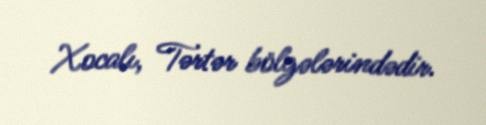
Xocalı, Tərtər bölgələrindədir.